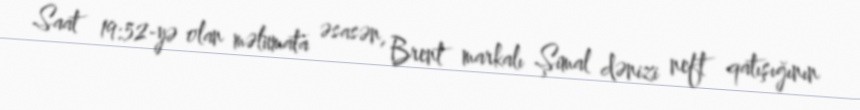
Saat 19:52-yə olan məlumata əsasən, Brent markalı Şimal dənizi neft qatışığının